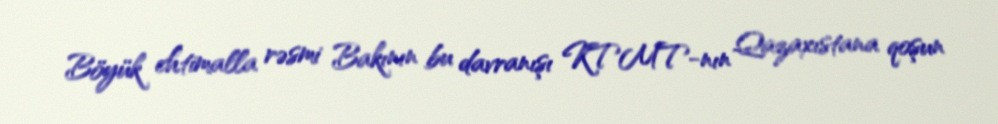
Böyük ehtimalla rəsmi Bakının bu davranışı KTMT-nın Qazaxıstana qoşun